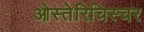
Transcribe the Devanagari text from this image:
ओस्तेरिचिस्चर